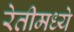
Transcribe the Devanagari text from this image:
रेतीमध्ये